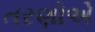
તરણોએ